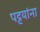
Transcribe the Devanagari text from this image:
पट्टयांना